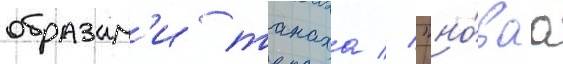
образам'и танаха // "но́ваа